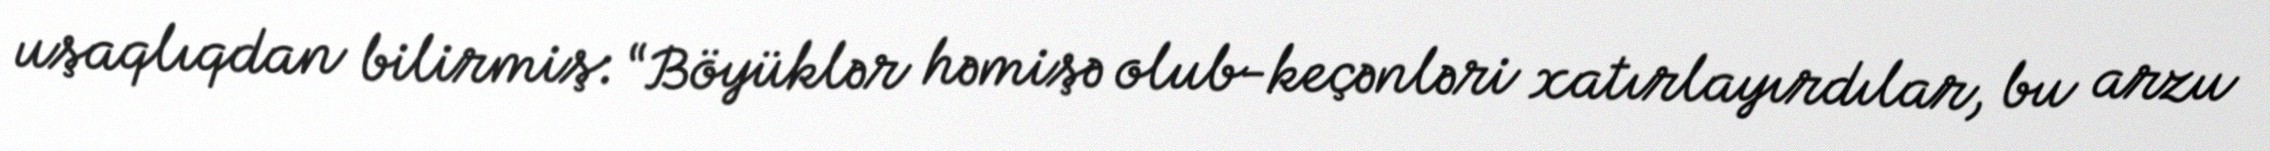
uşaqlıqdan bilirmiş: “Böyüklər həmişə olub-keçənləri xatırlayırdılar, bu arzu